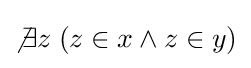
\not \exists z\;(z\in x\land z\in y)